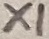
Text: X1